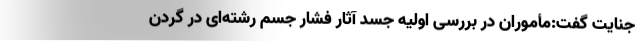
جنایت گفت:مأموران در بررسی اولیه جسد آثار فشار جسم رشته‌ای در گردن